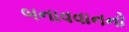
બનાવવાનનો